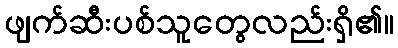
ဖျက်ဆီးပစ်သူတွေလည်းရှိ၏။